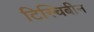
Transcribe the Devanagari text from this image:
टिस्चिबीन